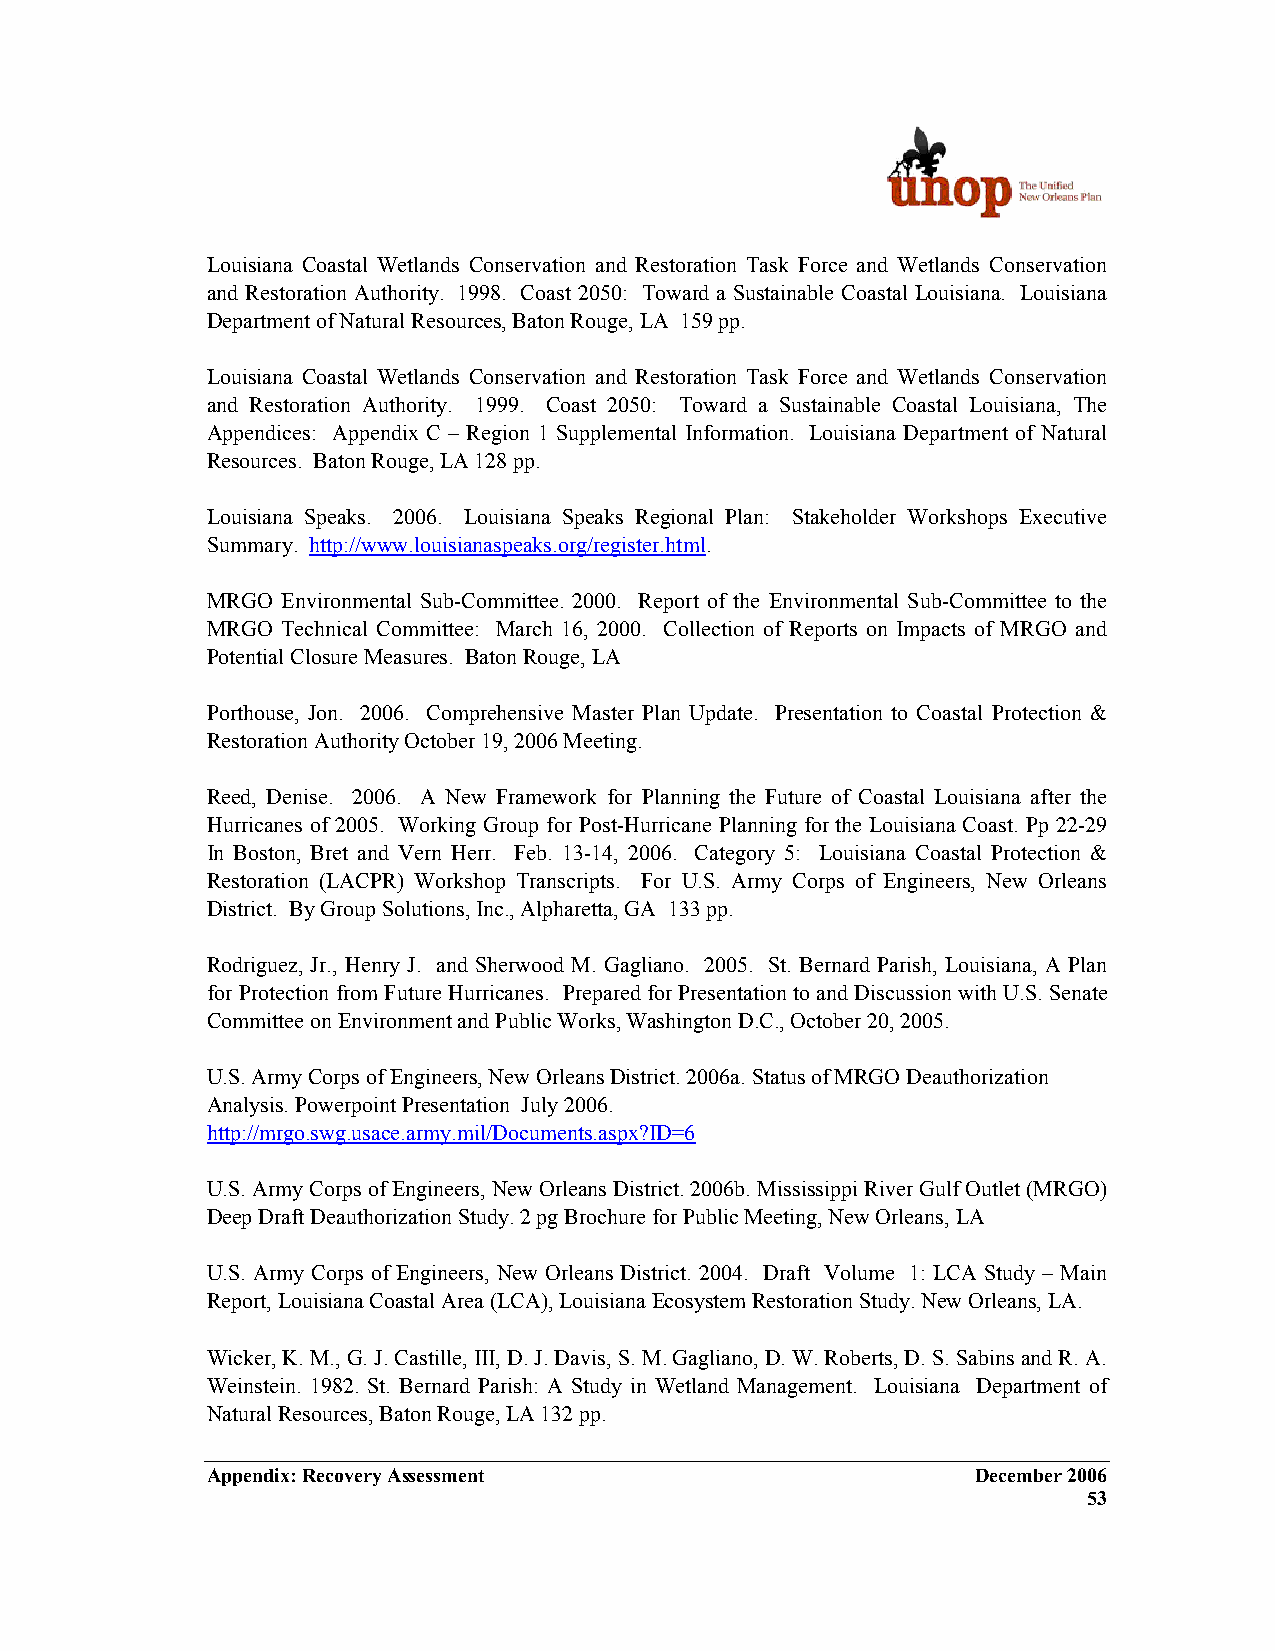
Louisiana Coastal Wetlands Conservation and Restoration Task Force and Wetlands Conservation
 and Restoration Authority. 1998. Coast 2050: Toward a Sustainable Coastal Louisiana. Louisiana
 Department of Natural Resources, Baton Rouge, LA 159 pp.
 Louisiana Coastal Wetlands Conservation and Restoration Task Force and Wetlands Conservation
 and Restoration Authority. 1999. Coast 2050: Toward a Sustainable Coastal Louisiana, The
 Appendices: Appendix C – Region 1 Supplemental Information. Louisiana Department of Natural
 Resources. Baton Rouge, LA 128 pp.
 Louisiana Speaks. 2006. Louisiana Speaks Regional Plan: Stakeholder Workshops Executive
 Summary. http://www.louisianaspeaks.org/register.html.
 MRGO Environmental Sub-Committee. 2000. Report of the Environmental Sub-Committee to the
 MRGO Technical Committee: March 16, 2000. Collection of Reports on Impacts of MRGO and
 Potential Closure Measures. Baton Rouge, LA
 Porthouse, Jon. 2006. Comprehensive Master Plan Update. Presentation to Coastal Protection &
 Restoration Authority October 19, 2006 Meeting.
 Reed, Denise. 2006. A New Framework for Planning the Future of Coastal Louisiana after the
 Hurricanes of 2005. Working Group for Post-Hurricane Planning for the Louisiana Coast. Pp 22-29
 In Boston, Bret and Vern Herr. Feb. 13-14, 2006. Category 5: Louisiana Coastal Protection &
 Restoration (LACPR) Workshop Transcripts. For U.S. Army Corps of Engineers, New Orleans
 District. By Group Solutions, Inc., Alpharetta, GA 133 pp.
 Rodriguez, Jr., Henry J. and Sherwood M. Gagliano. 2005. St. Bernard Parish, Louisiana, A Plan
 for Protection from Future Hurricanes. Prepared for Presentation to and Discussion with U.S. Senate
 Committee on Environment and Public Works, Washington D.C., October 20, 2005.
 U.S. Army Corps of Engineers, New Orleans District. 2006a. Status of MRGO Deauthorization
 Analysis. Powerpoint Presentation July 2006.
 http://mrgo.swg.usace.army.mil/Documents.aspx?ID=6
 U.S. Army Corps of Engineers, New Orleans District. 2006b. Mississippi River Gulf Outlet (MRGO)
 Deep Draft Deauthorization Study. 2 pg Brochure for Public Meeting, New Orleans, LA
 U.S. Army Corps of Engineers, New Orleans District. 2004. Draft Volume 1: LCA Study – Main
 Report, Louisiana Coastal Area (LCA), Louisiana Ecosystem Restoration Study. New Orleans, LA.
 Wicker, K. M., G. J. Castille, III, D. J. Davis, S. M. Gagliano, D. W. Roberts, D. S. Sabins and R. A.
 Weinstein. 1982. St. Bernard Parish: A Study in Wetland Management. Louisiana Department of
 Natural Resources, Baton Rouge, LA 132 pp.
 Appendix: Recovery Assessment                      December 2006
 53